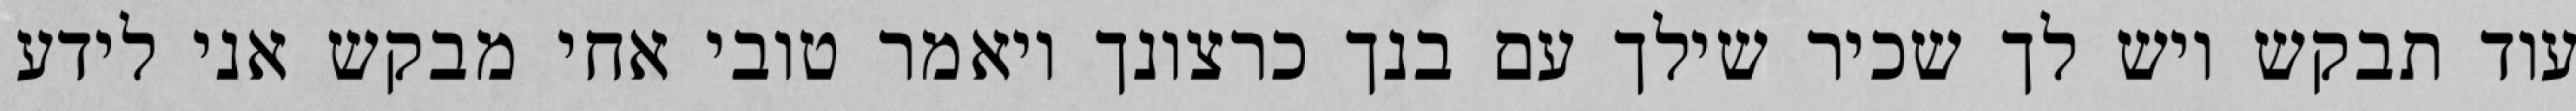
עוד תבקש ויש לך שכיר שילך עם בנך כרצונך ויאמר טובי אחי מבקש אני לידע